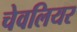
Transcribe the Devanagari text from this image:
चेवलियर